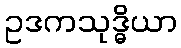
ဥဒကသုဒ္ဓိယာ